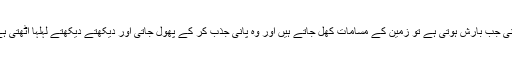
یعنی جب بارش ہوتی ہے تو زمین کے مسامات کھل جاتے ہیں اور وہ پانی جذب کر کے پھول جاتی اور دیکھتے دیکھتے لہلہا اٹھتی ہے۔